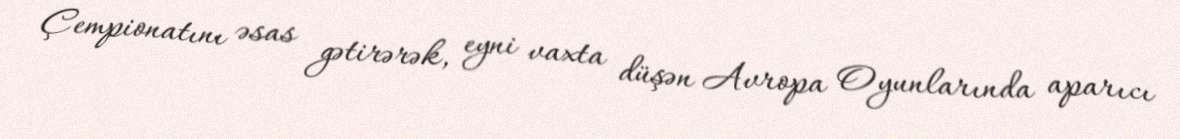
Çempionatını əsas gətirərək, eyni vaxta düşən Avropa Oyunlarında aparıcı